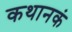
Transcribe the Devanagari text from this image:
कथानकं